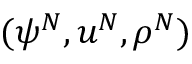
( \psi ^ { N } , u ^ { N } , \rho ^ { N } )